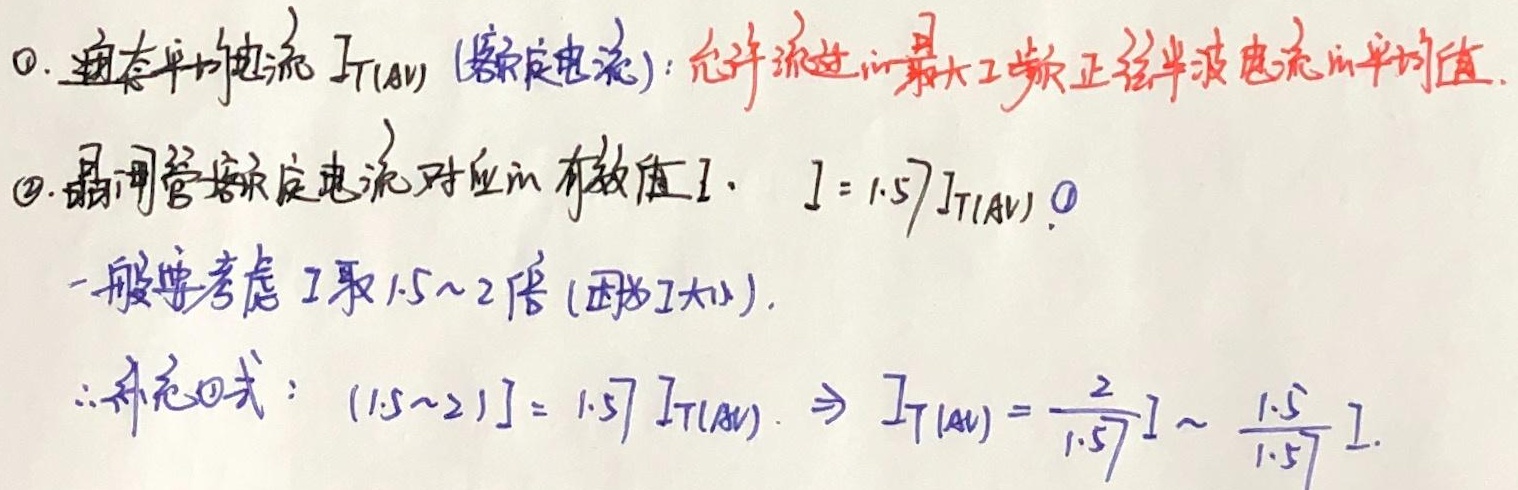
1. 通态平均电流 \(I_{T(AV)}\)（额定电流）：允许流过的最大工频正弦半波电流的平均值。
2. 晶闸管额定电流对应的有效值 \(I\)， \(I = 1.57I_{T(AV)}\)。一般要考虑 \(I\) 取 \(1.5\sim2\) 倍（因为 \(I\) 大）。
\(\therefore\) 补充公式：\((1.5\sim2)I=1.57I_{T(AV)}\Rightarrow I_{T(AV)}=\frac{2}{1.57}I\sim\frac{1.5}{1.57}I\)。